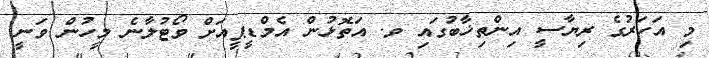
މި އަހަރުގެ ރިޔާސީ އިންތިޚާބުގައި ވ. އަތޮޅުން އެމްޑީޕީއަށް ވޯޓުލާނެ މީހުން ވަނީ